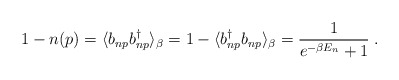
\begin{align*}1-n(p)=\langle b_{np} b_{np}^{\dag}\rangle_{\beta}=1- \langle b^{\dag}_{np} b_{np}\rangle_{\beta} =\frac {1} { e^{-\beta E_n}+1} \; .\end{align*}